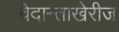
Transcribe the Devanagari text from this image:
वेदान्ताखेरीज